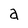
Character: a